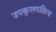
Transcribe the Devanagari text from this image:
उपकुलपतित्व